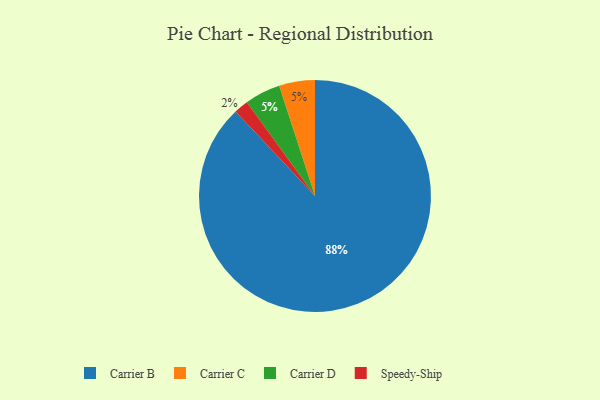
{"axis": {"x": "Category", "y": "Percentage"}, "legend": ["Carrier B", "Carrier C", "Carrier D", "Speedy-Ship"], "data": [{"x": "Carrier C", "y": 5, "type": "Carrier C"}, {"x": "Speedy-Ship", "y": 2, "type": "Speedy-Ship"}, {"x": "Carrier B", "y": 88, "type": "Carrier B"}, {"x": "Carrier D", "y": 5, "type": "Carrier D"}]}